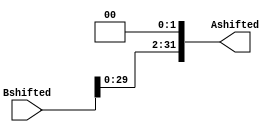
module ShiftLeft(Bshifted,Ashifted);

input  [31:0] Bshifted;
output [31:0] Ashifted;
wire   [31:0] Ashifted;

assign Ashifted = Bshifted << 2;

endmodule